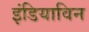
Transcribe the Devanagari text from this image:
इंडियाविन